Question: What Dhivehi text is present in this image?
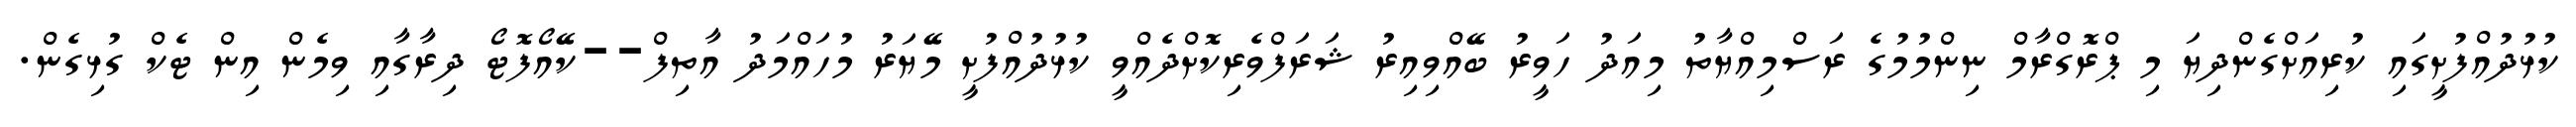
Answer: ކުޅުދުއްފުށީގައި ކުރިއަށްގެންދިޔަ މި ޕްރޮގްރާމް ނިންމުމުގެ ރަސްމިއްޔާތު މިއަދު ހަވީރު ބޭއްވިއިރު ޝަރަފްވެރިކޮށްދެއްވީ ކުޅުދުއްފުށީ މޭޔަރު މުހައްމަދު އާތިފް--ކޭއޯފޮޓޯ ދިރާގާއި ވިމެން އިން ޓެކް ގުޅިގެން.